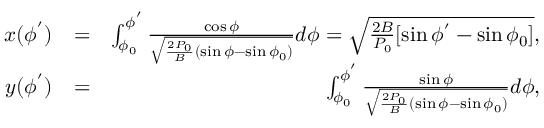
\begin{array} { r l r } { x ( \phi ^ { ' } ) } & { = } & { \int _ { \phi _ { 0 } } ^ { \phi ^ { ' } } \frac { \cos \phi } { \sqrt { \frac { 2 P _ { 0 } } { B } ( \sin \phi - \sin \phi _ { 0 } ) } } d \phi = \sqrt { \frac { 2 B } { P _ { 0 } } [ \sin \phi ^ { ' } - \sin \phi _ { 0 } ] } , } \\ { y ( \phi ^ { ' } ) } & { = } & { \int _ { \phi _ { 0 } } ^ { \phi ^ { ' } } \frac { \sin \phi } { \sqrt { \frac { 2 P _ { 0 } } { B } ( \sin \phi - \sin \phi _ { 0 } ) } } d \phi , } \end{array}